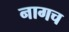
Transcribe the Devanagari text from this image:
नागच